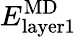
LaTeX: E_{\mathrm{layer1}}^{\mathrm{{MD}}}